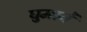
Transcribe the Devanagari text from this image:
घुमानें